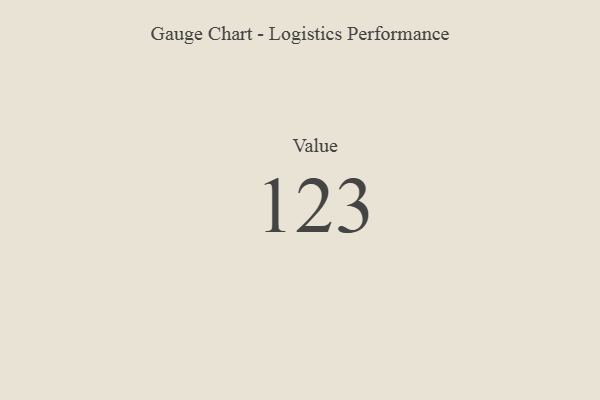
{"axis": {"x": "Metric", "y": "Value"}, "legend": [""], "data": [{"x": "Value", "y": 123, "type": ""}]}